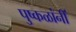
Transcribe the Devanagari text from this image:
पुष्कळांनीं